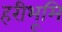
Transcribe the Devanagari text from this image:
हरीभूमि